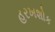
હરખશોક